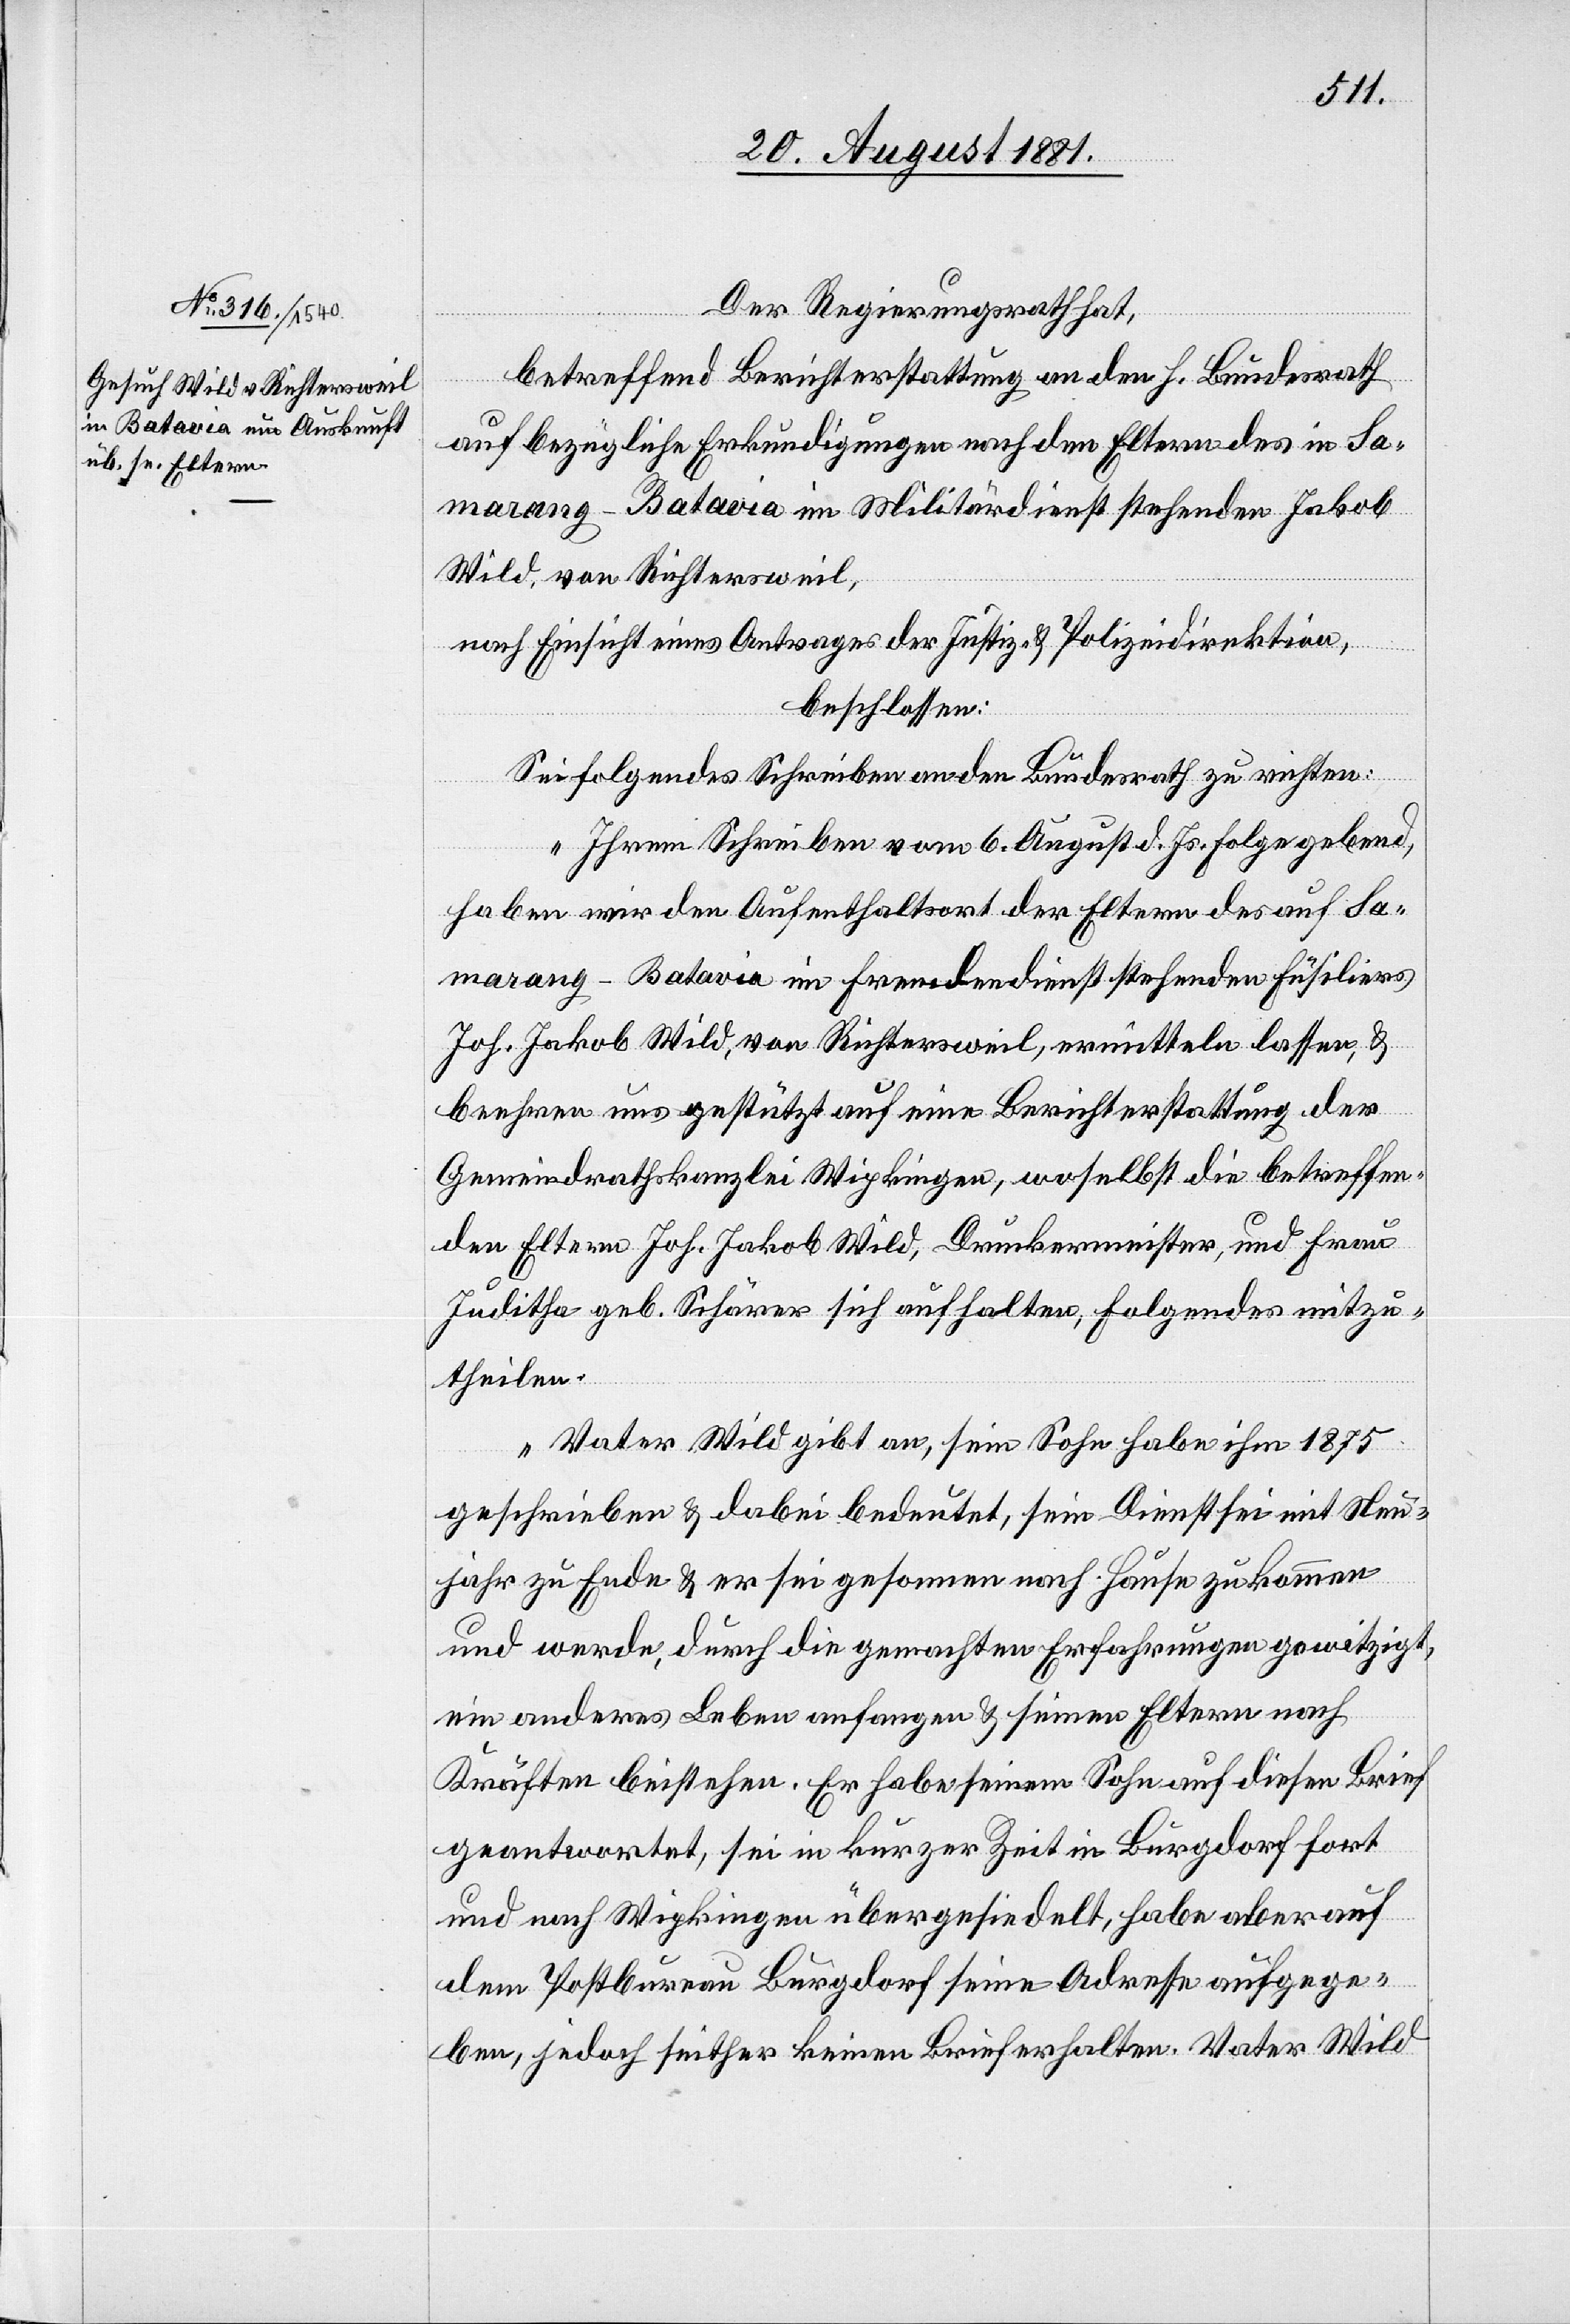
Der Regierungsrath hat,
Wild
betreffend Berichterstattung an den h. Bundesrath
auf bezügliche Erkundigungen nach den Eltern des in Sa¬
marang – Batavia im Militärdienst stehenden Jakob
Wild, von Richtersweil,
erhalten.
nach Einsicht eines Antrages der Justiz- & Polizeidirektion,
beschlossen:
Sei folgendes Schreiben an den Bundesrath zu richten:
„Ihrem Schreiben vom 6. August d. Js. Folge gebend,
haben wir den Aufenthaltsort der Eltern des auf Sa¬
marang – Batavia im Freundesdienst stehenden Füsiliers
Joh. Jakob Wild, von Richtersweil, ermitteln lassen, &
beehren uns gestützt auf eine Berichterstattung der
Gemeindrathskanzlei Wipkingen, woselbst die betreffen¬
den Eltern Joh. Jakob Wild, Druckermeister, und Frau
Juditha geb. Schärer sich aufhalten, Folgendes mitzu¬
theilen.
„Vater Wild gibt an, sein Sohn habe ihm 1875
geschrieben & dabei bedeutet, sein Dienst sei mit Neu¬
jahr zu Ende & er sei gesonnen nach Hause zu kommen
und werde, durch die gemachten Erfahrungen gewitzigt,
Vater
ein anderes Leben anzufangen & seinen Eltern nach
Kräften beistehen. Er habe seinem Sohn auf diesen Brief
geantwortet, sei in kurzer Zeit in Burgdorf fort
und nach Wipkingen übergesiedelt, habe aber auf
dem Postbureau Burgdorf seine Adresse aufgege¬